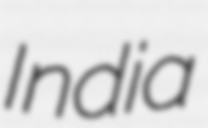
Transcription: India